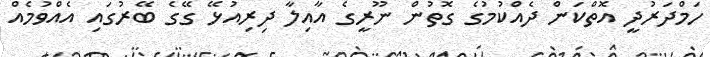
ހަމްދަރުދީ އޮތްކަން ދެއްކުމުގެ ގޮތުން ނޫރީގެ އާއިލާ ދިރިއުޅޭ ގޭގެ ބޭރުގައި އެއްވުމެއް